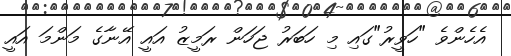
އެހެންވެ "ހަވީރު"ގައި މި ހަބަރު ޖަހަން ރަމީޒު އައީ އޭނާގެ މަންމަ އައީ